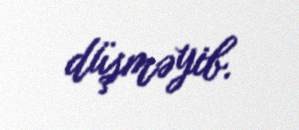
düşməyib.